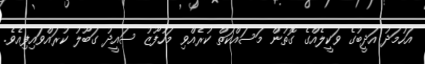
އަހުމަދު އަދީބުގެ ވަކީލެއްގެ ގޮތުން މަސައްކަތް ކުރެއްވި މަހުފޫޒު ސައީދު ގަބޫލު ކުރައްވައިފިއެވެ.